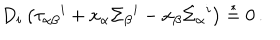
D _ { i } \left( \tau _ { \alpha \beta } { } ^ { i } + x _ { \alpha } \Sigma _ { \beta } { } ^ { i } - x _ { \beta } \Sigma _ { \alpha } { } ^ { i } \right) \stackrel { * } { = } 0 \, .